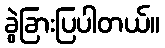
ခွဲခြားပြပါတယ်။